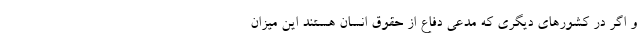
و اگر در کشورهای دیگری که مدعی دفاع از حقوق انسان هستند این میزان